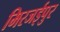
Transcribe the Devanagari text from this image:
मिरजईपुर